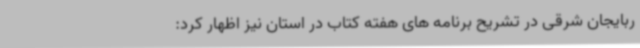
ربایجان شرقی در تشریح برنامه های هفته کتاب در استان نیز اظهار کرد: